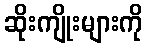
ဆိုးကျိုးများကို